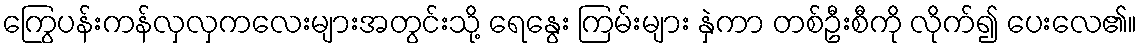
ကြွေပန်းကန်လှလှကလေးများအတွင်းသို့ ရေနွေး ကြမ်းများ နှဲကာ တစ်ဦးစီကို လိုက်၍ ပေးလေ၏။